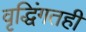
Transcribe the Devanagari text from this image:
वृद्धिंगतही